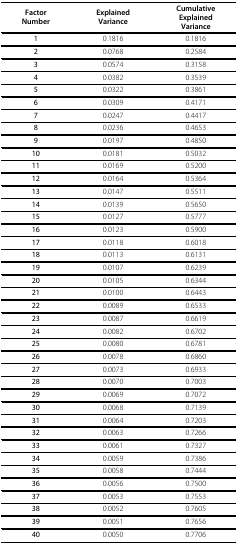
<table><thead><tr><td><b>FactorNumber</b></td><td><b>ExplainedVariance</b></td><td><b>CumulativeExplainedVariance</b></td></tr></thead><tbody><tr><td><b>1</b></td><td>0.1816</td><td>0.1816</td></tr><tr><td><b>2</b></td><td>0.0768</td><td>0.2584</td></tr><tr><td><b>3</b></td><td>0.0574</td><td>0.3158</td></tr><tr><td><b>4</b></td><td>0.0382</td><td>0.3539</td></tr><tr><td><b>5</b></td><td>0.0322</td><td>0.3861</td></tr><tr><td><b>6</b></td><td>0.0309</td><td>0.4171</td></tr><tr><td><b>7</b></td><td>0.0247</td><td>0.4417</td></tr><tr><td><b>8</b></td><td>0.0236</td><td>0.4653</td></tr><tr><td><b>9</b></td><td>0.0197</td><td>0.4850</td></tr><tr><td><b>10</b></td><td>0.0181</td><td>0.5032</td></tr><tr><td><b>11</b></td><td>0.0169</td><td>0.5200</td></tr><tr><td><b>12</b></td><td>0.0164</td><td>0.5364</td></tr><tr><td><b>13</b></td><td>0.0147</td><td>0.5511</td></tr><tr><td><b>14</b></td><td>0.0139</td><td>0.5650</td></tr><tr><td><b>15</b></td><td>0.0127</td><td>0.5777</td></tr><tr><td><b>16</b></td><td>0.0123</td><td>0.5900</td></tr><tr><td><b>17</b></td><td>0.0118</td><td>0.6018</td></tr><tr><td><b>18</b></td><td>0.0113</td><td>0.6131</td></tr><tr><td><b>19</b></td><td>0.0107</td><td>0.6239</td></tr><tr><td><b>20</b></td><td>0.0105</td><td>0.6344</td></tr><tr><td><b>21</b></td><td>0.0100</td><td>0.6443</td></tr><tr><td><b>22</b></td><td>0.0089</td><td>0.6533</td></tr><tr><td><b>23</b></td><td>0.0087</td><td>0.6619</td></tr><tr><td><b>24</b></td><td>0.0082</td><td>0.6702</td></tr><tr><td><b>25</b></td><td>0.0080</td><td>0.6781</td></tr><tr><td><b>26</b></td><td>0.0078</td><td>0.6860</td></tr><tr><td><b>27</b></td><td>0.0073</td><td>0.6933</td></tr><tr><td><b>28</b></td><td>0.0070</td><td>0.7003</td></tr><tr><td><b>29</b></td><td>0.0069</td><td>0.7072</td></tr><tr><td><b>30</b></td><td>0.0068</td><td>0.7139</td></tr><tr><td><b>31</b></td><td>0.0064</td><td>0.7203</td></tr><tr><td><b>32</b></td><td>0.0063</td><td>0.7266</td></tr><tr><td><b>33</b></td><td>0.0061</td><td>0.7327</td></tr><tr><td><b>34</b></td><td>0.0059</td><td>0.7386</td></tr><tr><td><b>35</b></td><td>0.0058</td><td>0.7444</td></tr><tr><td><b>36</b></td><td>0.0056</td><td>0.7500</td></tr><tr><td><b>37</b></td><td>0.0053</td><td>0.7553</td></tr><tr><td><b>38</b></td><td>0.0052</td><td>0.7605</td></tr><tr><td><b>39</b></td><td>0.0051</td><td>0.7656</td></tr><tr><td><b>40</b></td><td>0.0050</td><td>0.7706</td></tr></tbody></table>